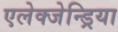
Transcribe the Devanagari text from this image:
एलेक्जेन्ड्रिया